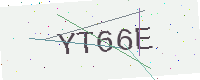
Text: YT66E